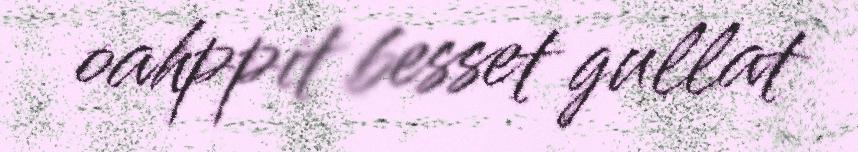
oahppit besset gullat